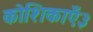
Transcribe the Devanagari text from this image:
कोशिकाएँ३